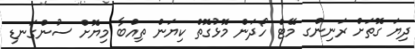
ދިޔަ ގޮތަށް ރަނިންގ މޭޓް ހޯދަން މޮޅުގޮތް ކިޔަން ތިއްބާ މިޔޮށް ސުންގަނޑި